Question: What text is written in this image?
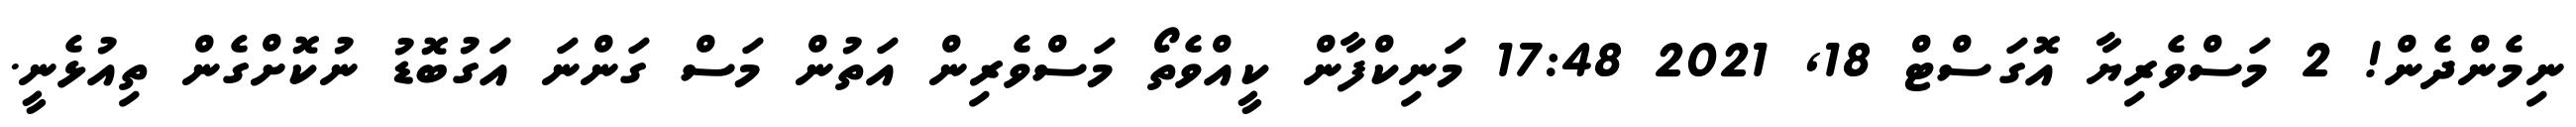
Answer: ނިމެންދެން! 2 މަސްވެރިޔާ އޮގަސްޓް 18, 2021 17:48 މަނިކްފާން ކީއްވެތޯ މަސްވެރިން އަތުން މަސް ގަންނަ އަގުބޮޑު ނުކޮށްގެން ތިއުޅެނީ.